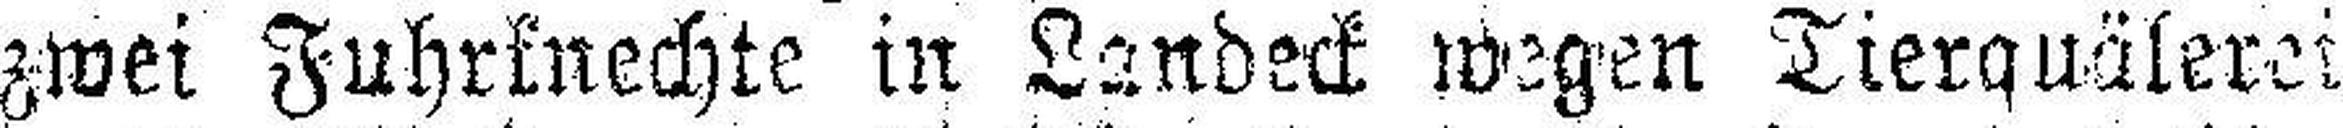
zwei Fuhrknechte in Landeck wegen Tierquälerei